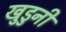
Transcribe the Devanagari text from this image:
खुडुनी